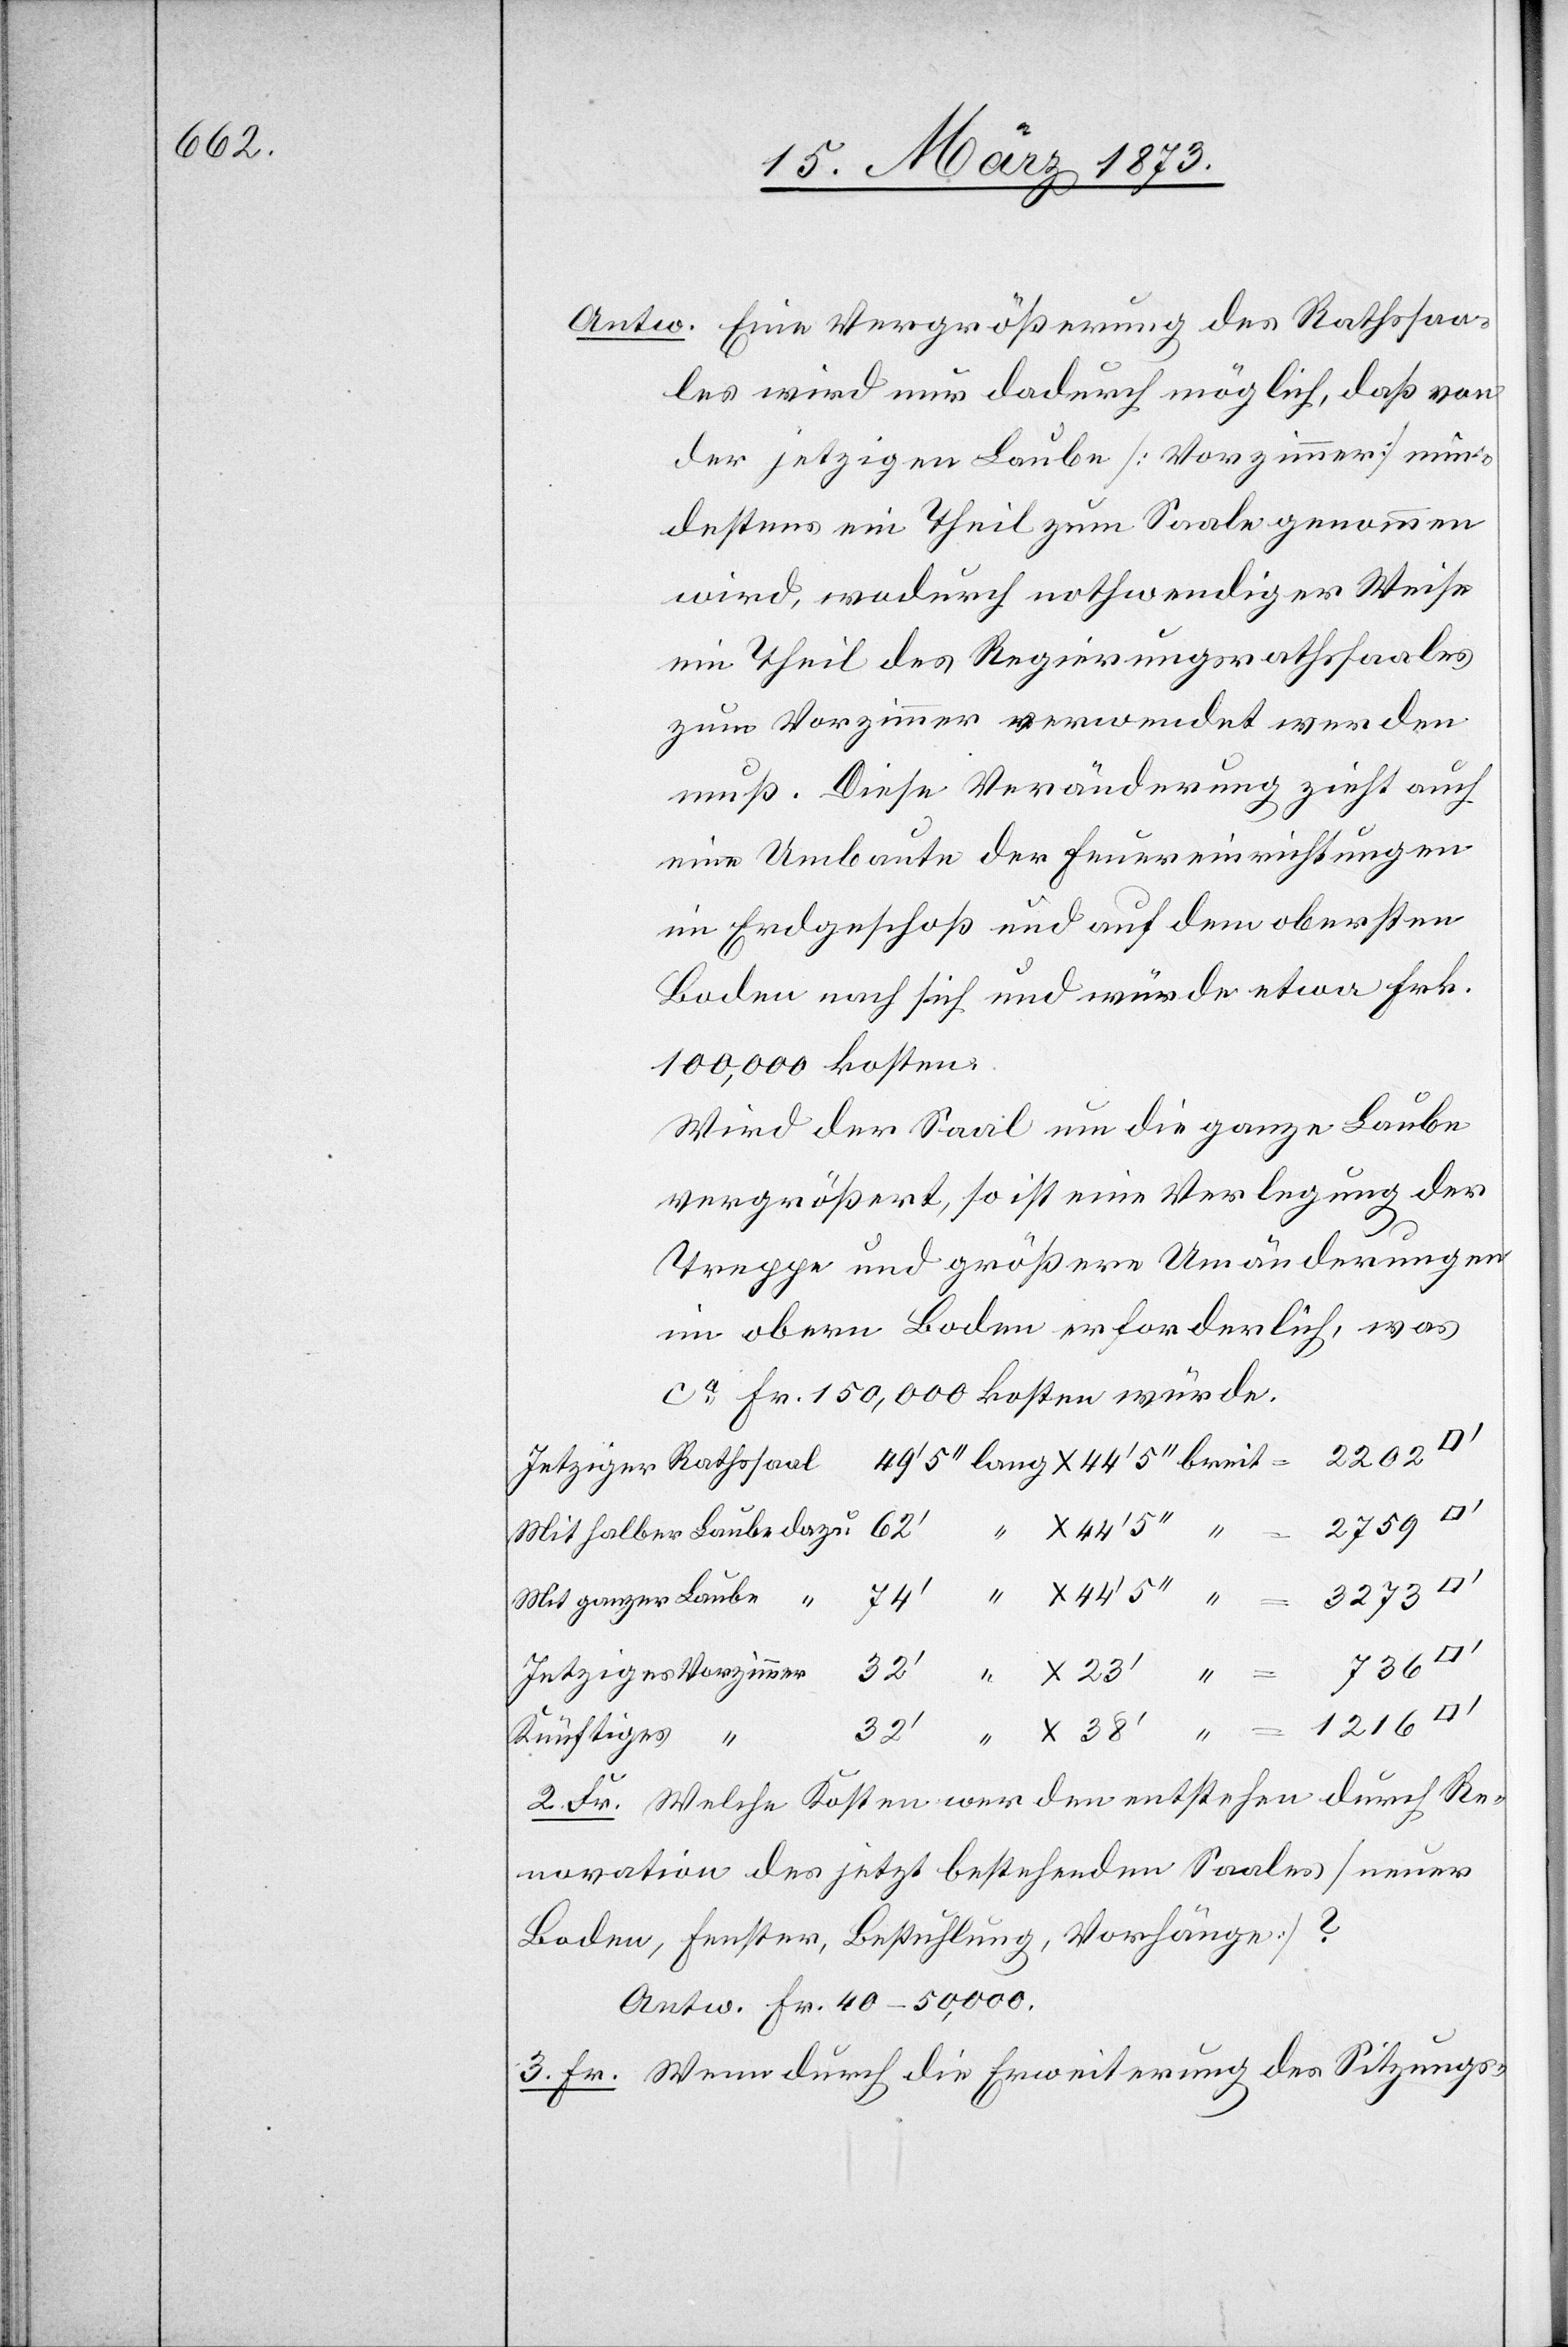
62’

Antw. Eine Vergrößerung des Rathssaa¬
les wird nur dadurch möglich, daß von
der jetzigen Laube [Vorzimmer] min¬
destens ein Theil zum Saale genommen
wird, wodurch nothwendiger Weise
ein Theil des Regierungsrathssaales
zum Vorzimmer verwendet werden
muß. Diese Veränderung zieht auch
eine Umbaute der Feuereinrichtungen
im Erdgeschoß und auf dem obersten
Boden nach sich und würde etwa Frk.
100,000 kosten.
Wird der Saal um die ganze Laube
vergrößert, so ist eine Verlegung der
Treppe und größere Umänderungen
im obern Boden erforderlich, was
ca Fr. 150,000 kosten würde.
2759
736
dazu
Künftiges “
32’
2. Fr. Welche Kosten werden entstehen durch Re¬
novation des jetzt bestehenden Saales [neuer
Boden, Fenster, Bestuhlung, Vorhänge]?
Antw. Fr. 40–50,000.
3. Fr. Wenn durch die Erweiterung des Sitzungs-